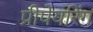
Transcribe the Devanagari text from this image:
प्रीपेयरिंग